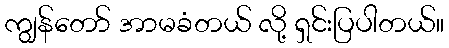
ကျွန်တော် အာမခံတယ် လို့ ရှင်းပြပါတယ်။